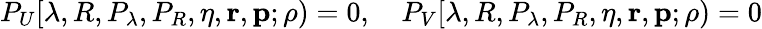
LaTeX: P_{U}[\lambda,R,P_{\lambda},P_{R},\eta,{\mathbf r},{\mathbf p};\rho)=0,\quad P_{V}[\lambda,R,P_{\lambda},P_{R},\eta,{\mathbf r},{\mathbf p};\rho)=0